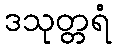
ဒသုတ္တရံ